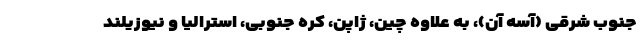
جنوب شرقی (آسه آن)، به علاوه چین، ژاپن، کره جنوبی، استرالیا و نیوزیلند